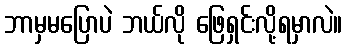
ဘာမှမပြောပဲ ဘယ်လို ဖြေရှင်းလို့ရမှာလဲ။